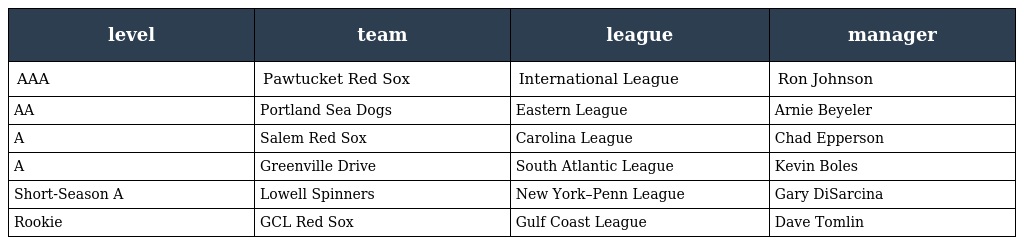
| level | team | league | manager |
 | --- | --- | --- | --- |
 | AAA | Pawtucket Red Sox | International League | Ron Johnson |
 | AA | Portland Sea Dogs | Eastern League | Arnie Beyeler |
 | A | Salem Red Sox | Carolina League | Chad Epperson |
 | A | Greenville Drive | South Atlantic League | Kevin Boles |
 | Short-Season A | Lowell Spinners | New York–Penn League | Gary DiSarcina |
 | Rookie | GCL Red Sox | Gulf Coast League | Dave Tomlin |